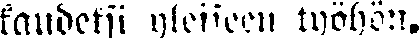
kaudeksi yleiseen työhön.